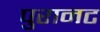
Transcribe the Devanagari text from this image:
पुरानट